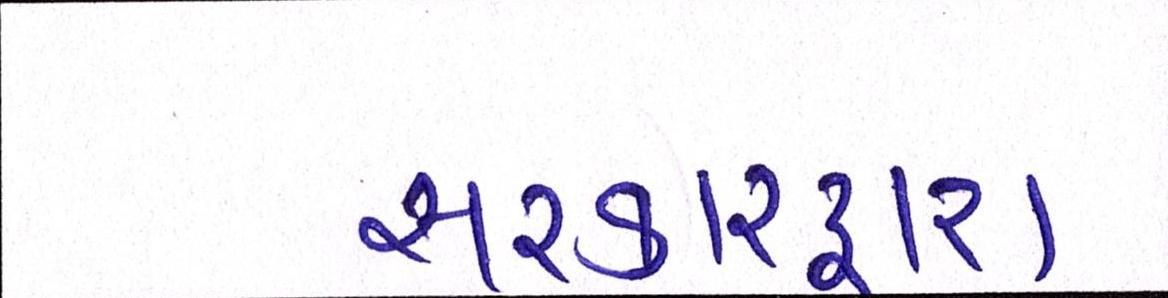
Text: સરકારદ્વારા